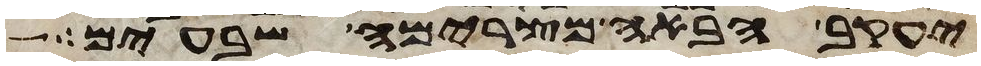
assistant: יעקב הבאה מצרימה שבעים